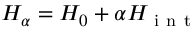
H _ { \alpha } = H _ { 0 } + \alpha H _ { \mathrm { ~ i ~ n ~ t ~ } }